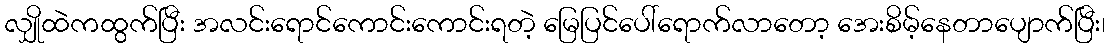
လျှိုထဲကထွက်ပြီး အလင်းရောင်ကောင်းကောင်းရတဲ့ မြေပြင်ပေါ်ရောက်လာတော့ အေးစိမ့်နေတာပျောက်ပြီး၊